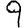
Digit: 9